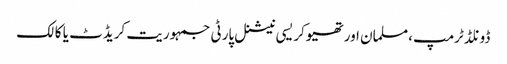
ڈونلڈ ٹرمپ ،مسلمان اور تھیوکریسی نیشنل پارٹی جمہوریت کریڈٹ یا کالک